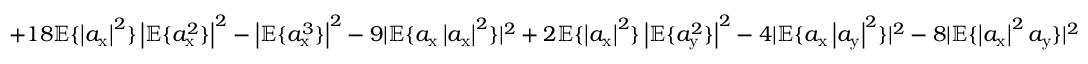
+ 1 8 \mathbb { E } \{ \left| a _ { \mathrm { x } } \right| ^ { 2 } \} \left| \mathbb { E } \{ a _ { \mathrm { x } } ^ { 2 } \} \right| ^ { 2 } - \left| \mathbb { E } \{ a _ { \mathrm { x } } ^ { 3 } \} \right| ^ { 2 } - 9 | \mathbb { E } \{ a _ { \mathrm { x } } \left| a _ { \mathrm { x } } \right| ^ { 2 } \} | ^ { 2 } + 2 \mathbb { E } \{ \left| a _ { \mathrm { x } } \right| ^ { 2 } \} \left| \mathbb { E } \{ a _ { \mathrm { y } } ^ { 2 } \} \right| ^ { 2 } - 4 | \mathbb { E } \{ a _ { \mathrm { x } } \left| a _ { \mathrm { y } } \right| ^ { 2 } \} | ^ { 2 } - 8 | \mathbb { E } \{ \left| a _ { \mathrm { x } } \right| ^ { 2 } a _ { \mathrm { y } } \} | ^ { 2 }